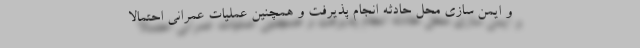
و ایمن سازی محل حادثه انجام پذیرفت و همچنین عملیات عمرانی احتمالاً